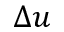
\Delta u